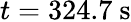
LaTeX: t=324.7~\mathrm{s}